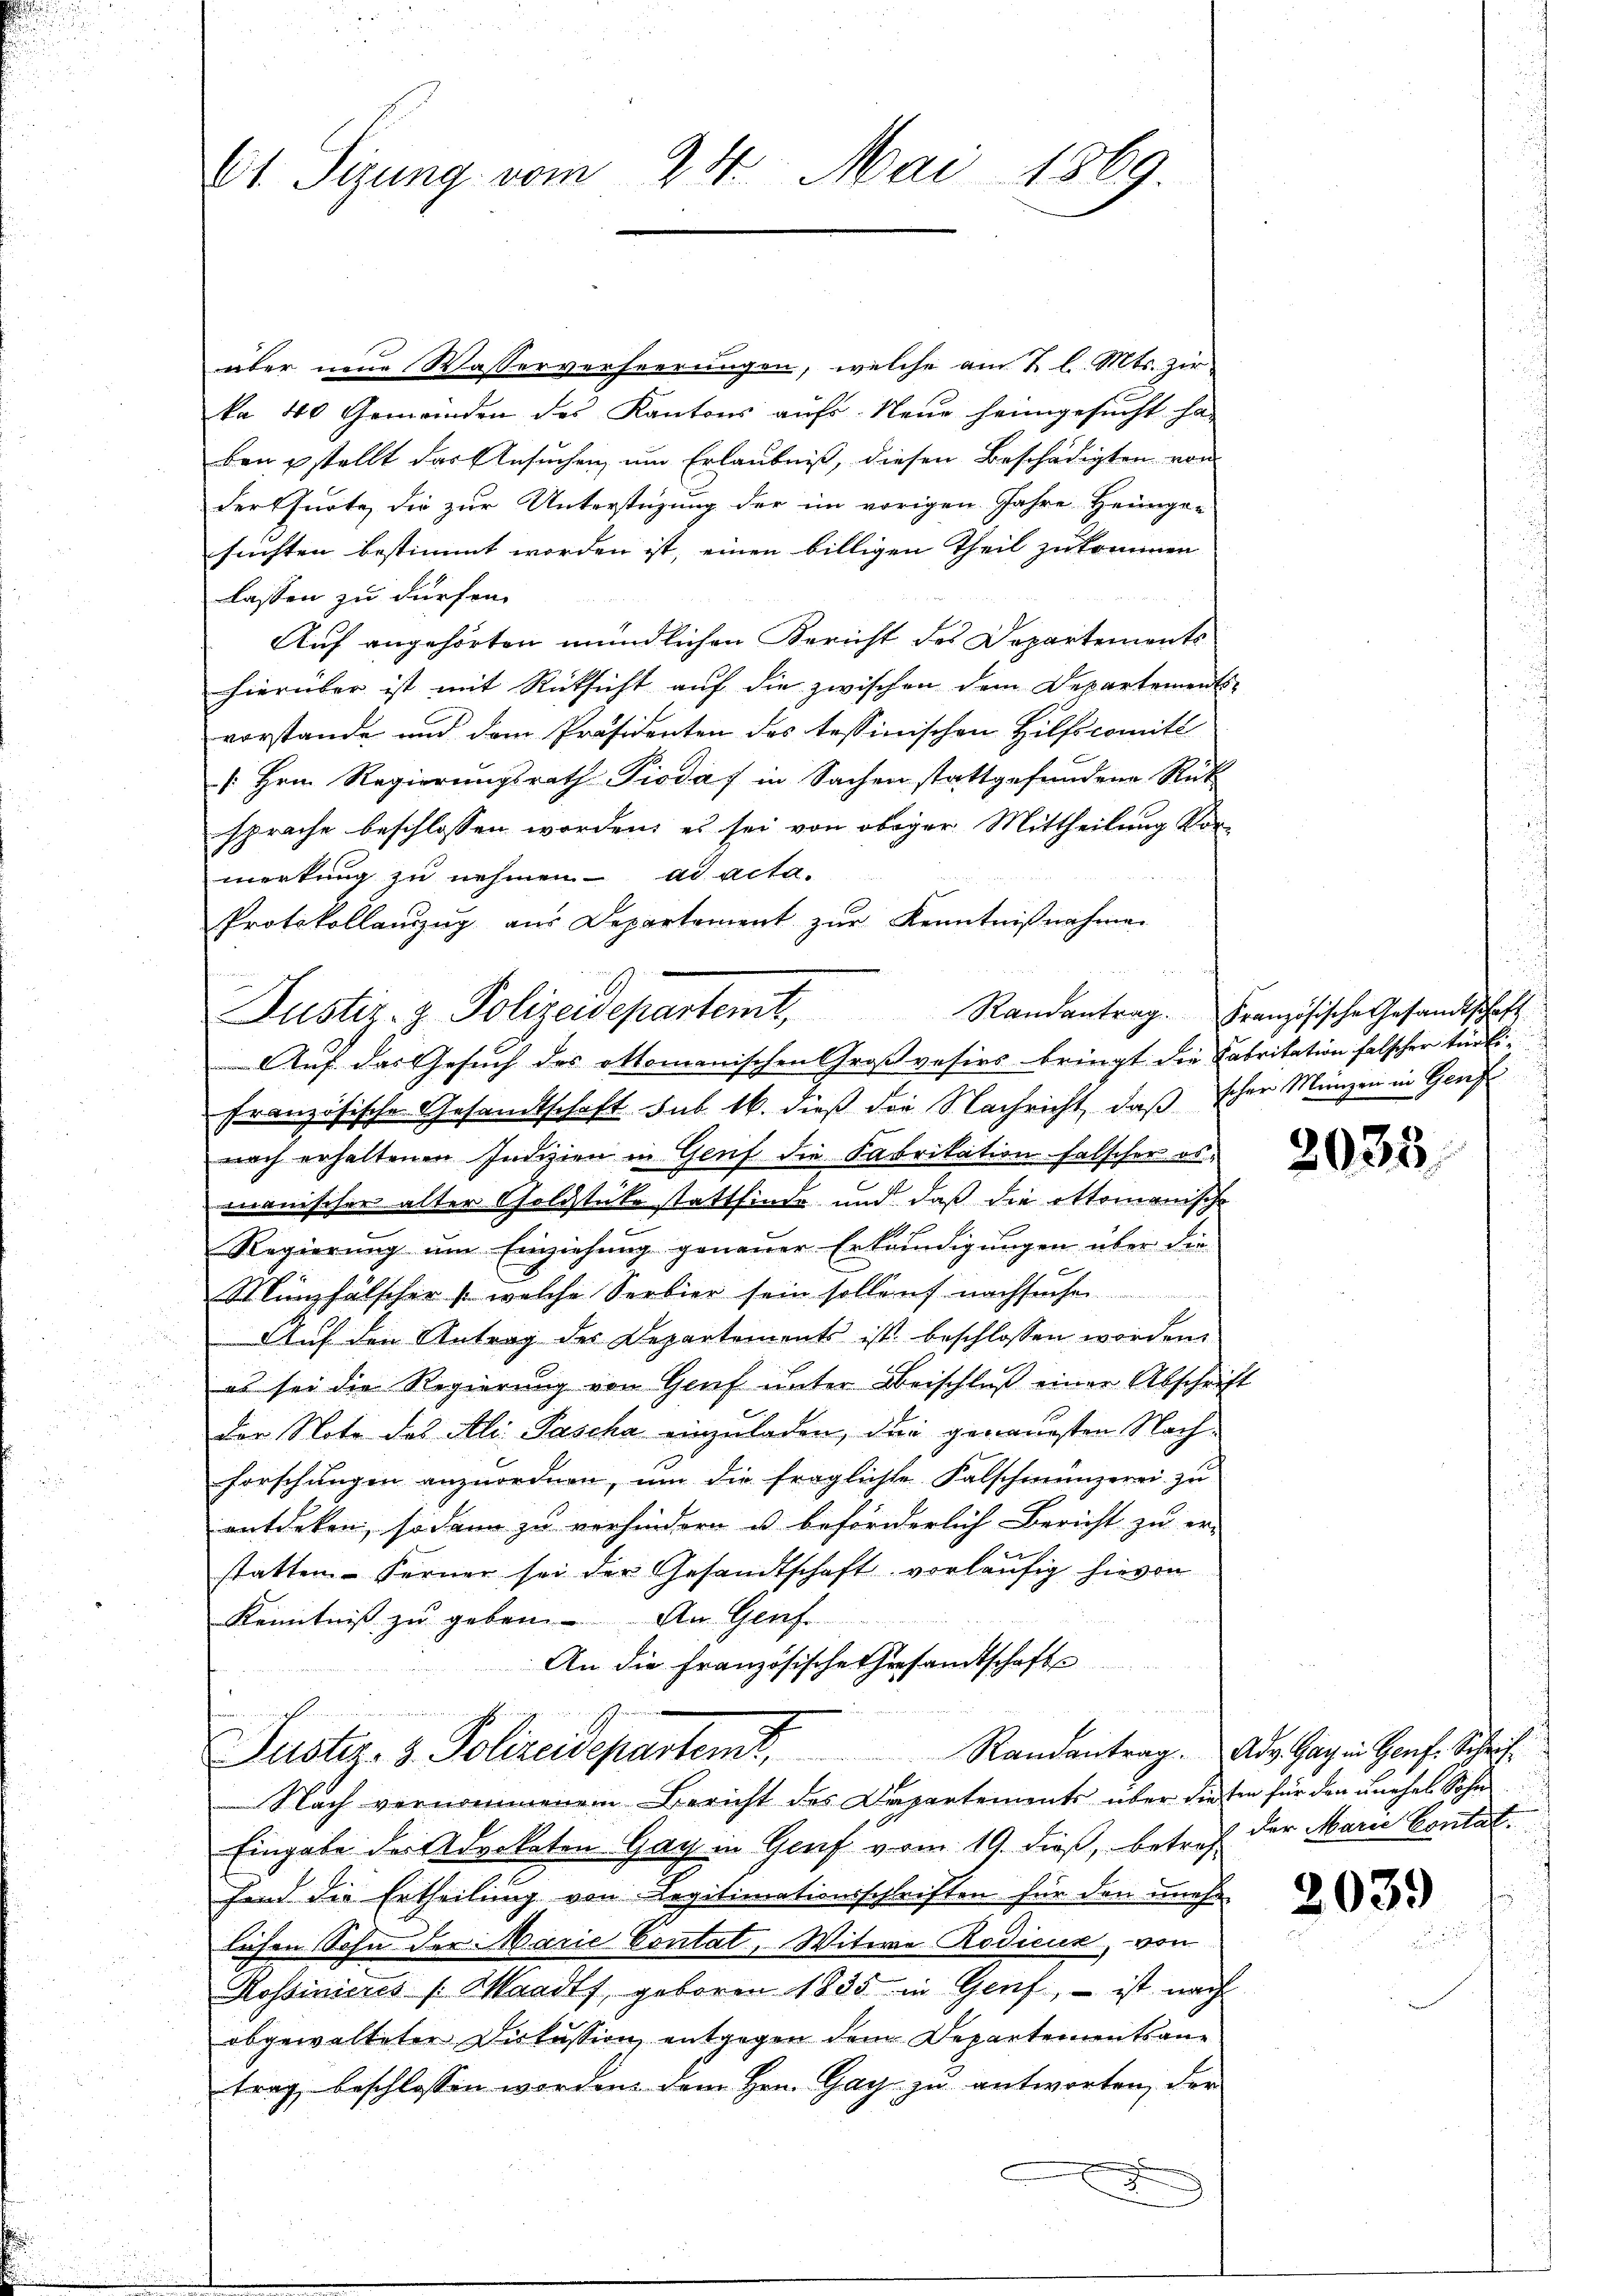
61. Sizung vom 24. Mai 1869.

über neue Wasserverheerungen, welche am 2. l. Mts. zur
ka 40 Gemeinden des Kantons aufs Neue heimgesucht ha-
ben stellt das Ansuchen, um Erlaubniß, diesen Beschädigten von
derffurte, die zur Unterstüzung der im vorigen Jahre Heimge-
suchten bestimmt worden ist, einen billigen Theil zukommen
lassen zu dürfen.
Auf angehörten mündlichen Bericht des Departements
hierüber ist mit Rücksicht auf die zwischen dem Departements-
vorstande und dem Präsidenten des tessinischen Hilfscomité
[ Hrn. Regierungsrath Piodaf in Sachen stattgefundene Rück
sprache beschlossen worden, es sei von obiger Mittheilung vormerkung zu nehmen ad acta.
Protokollanzŭg aŭs Departament zŭr Kenntnißnahmen
Französische Gesandtschaft sub. 16. dieß die Nachricht, daß schon Münzen in Genf
nach erhaltenen Indizien in Genf die Fabrikation falscher os-
manischer alter Goldstücke stattfinde und daß die attomanische
Regierung um Einziehung genauer Erkundigungen über die
Münzfälscher (welche Serbier sein sollen nachsuchen
Auf den Antrag des Departements ist beschlossen worden.
es sei die Regierung von Genf unter Beischluß einer Abschrift
der Note des Ali Pascha einzuladen, den genauesten Nachforschungen anzuordnen, um die fraglichte Falschmünzerei zu
entdeken, sodann zu verhindern u. beforderlich Bericht zu er-
statten. Ferner sei der Gesandtschaft vorläufig hievon
Kenntniß zu geben. An Genf
An die Französische Teesandtschafte
i war
7
Justiz- & Polizeidepartem Randantrag. Adv. Gay in Genf. Schrif-
Nach vernommenen Bericht des Departements über diesen für den unehel Sohn
Eingabe der Advokaten Gay in Genf vom 19. dieß, betref der Marie Contat.
fend die Ertheilung von Legitimationsschriften für den unehe-
lichen Sohn der Marie Contat, Witwe Rodicus, von
Kossinieres (Waadt, geboren 1835 in Genf, – ist nach
abgewalteter Diskussion entgegen dem Departementsane
trag beschlossen worden dem Hrn. Gay zu antworten, der

Justiz- & Polizeidepartemt. Randantrag. Französische Gesandtschaft
Auf das Gesuch der attomanischen Großvesirs bringt die Fabritation falscher türki¬

2035

2039